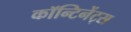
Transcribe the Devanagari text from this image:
कॉन्टिनेंट्स